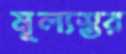
মূল্যস্তর